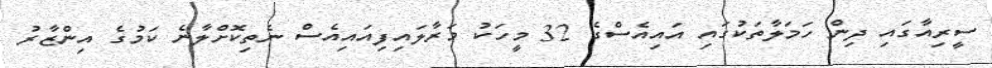
ސީރިއާގައި ދިން ހަމަލާތަކުގައި އައިއެސްގެ 32 މީހަކު މަރާލައިފިއައިއެސް ނެތިކޮށްލާނެ ކަމުގެ އިންޒާރު